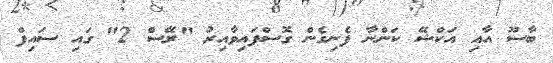
ބާސޫ އާއި އަކްޝޭ ކަންނާ ފެނިގެން ގޮސްފައިވާއިރު "ރޭސް 2" ގައި ސައިފް